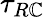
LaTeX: \tau_{R\mathbb{C}}